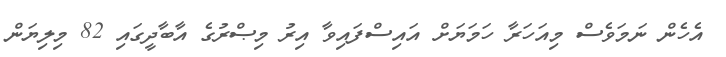
އެހެން ނަމަވެސް މިއަހަރާ ހަމަޔަށް އައިސްފައިވާ އިރު މިޞްރުގެ އާބާދީގައި 82 މިލިޔަން